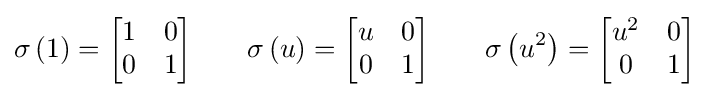
\sigma \left(1\right)={\begin{bmatrix}1&0\\0&1\\\end{bmatrix}}\qquad \sigma \left(u\right)={\begin{bmatrix}u&0\\0&1\\\end{bmatrix}}\qquad \sigma \left(u^{2}\right)={\begin{bmatrix}u^{2}&0\\0&1\\\end{bmatrix}}